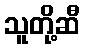
သူတို့ဆီ